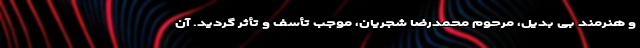
و هنرمند بی بدیل، مرحوم محمدرضا شجریان، موجب تأسف و تأثر گردید. آن